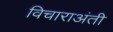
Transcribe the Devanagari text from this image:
विचाराअंती